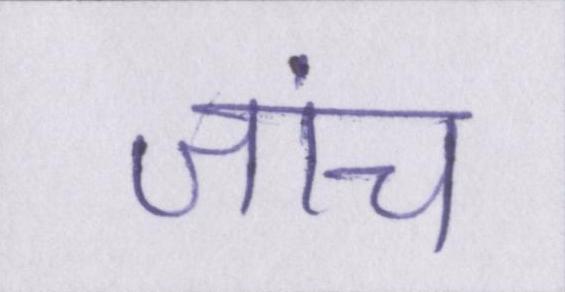
जांच